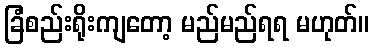
ခြံစည်းရိုးကျတော့ မည်မည်ရရ မဟုတ်။